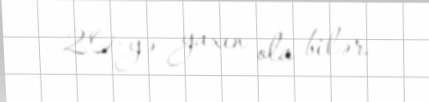
20-yə yaxın ola bilər.